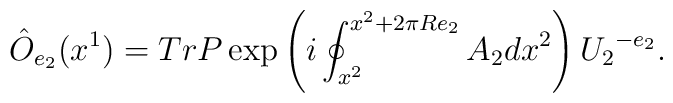
\hat O_{e_2}(x^1) = Tr P \exp\left(i\oint_{x^2}^{x^2+ 2 \pi R e_2} A_2  dx^2\right) {U_2}^{-e_2}.